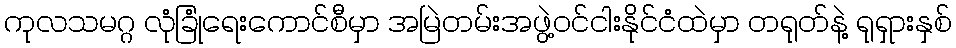
ကုလသမဂ္ဂ လုံခြုံရေးကောင်စီမှာ အမြဲတမ်းအဖွဲ့ဝင်ငါးနိုင်ငံထဲမှာ တရုတ်နဲ့ ရုရှားနှစ်